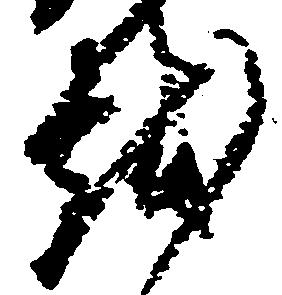
越